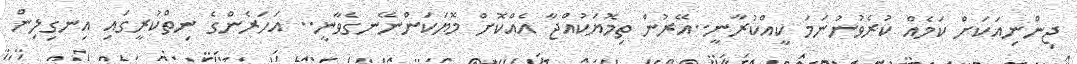
ޖިންނިއަކަށް ކަމެއް ކުރެވުނުނަމަ ކީއްކުރާނީ..އޭރުން ތިމޮޔަކުއްޖާ އެއްކޮށް މޮޔަކަންނޭނގެވާނީ.. އަހަރެންގެ ނިތްކުރީގައި އިނގިލިން